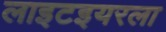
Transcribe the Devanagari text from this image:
लाइटइयरला